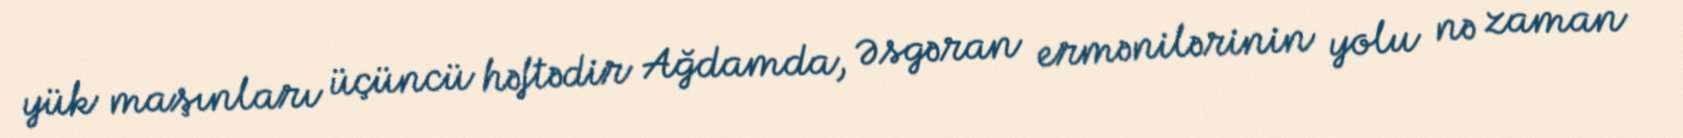
yük maşınları üçüncü həftədir Ağdamda, Əsgəran ermənilərinin yolu nə zaman